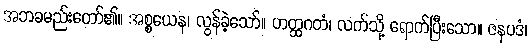
အဘခမည်းတော်၏။ အစ္စယေန၊ လွန်ခဲ့သော်။ ဟတ္ထဂတံ၊ လက်သို့ ရောက်ပြီးသော။ ဇနပဒံ၊